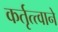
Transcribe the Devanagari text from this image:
कर्तृत्त्वाने